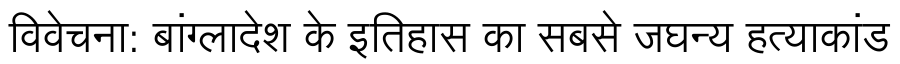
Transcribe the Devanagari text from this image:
विवेचना: बांग्लादेश के इतिहास का सबसे जघन्य हत्याकांड